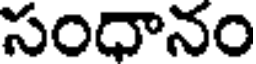
సంధానం